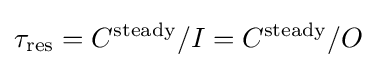
\tau _{\mathrm {res} }=C^{\text{steady}}/I=C^{\text{steady}}/O